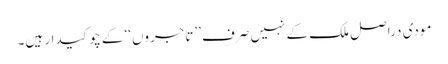
مودی دراصل ملک کے نہیں صرف ’’تاجروں‘‘ کے چوکیدار ہیں۔